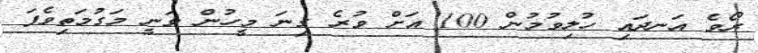
ރޯވެ އަނދައި ހުލިވުމުން 100 އަށް ވުރެ ގިނަ މީހުން ވަނީ މަގުމަތިވެފަ